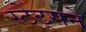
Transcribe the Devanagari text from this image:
स्टेट्सने